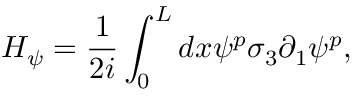
H _ { \psi } = \frac { 1 } { 2 i } \int _ { 0 } ^ { L } d x \psi ^ { p } \sigma _ { 3 } \partial _ { 1 } \psi ^ { p } ,